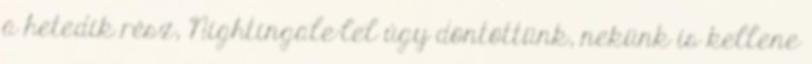
a hetedik rész, Nightingale-lel úgy döntöttünk, nekünk is kellene